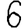
Digit: 6